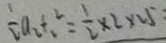
E a _ { 2 } t x ^ { 2 } = \frac { 1 } { 2 } \times 2 \times 2 5